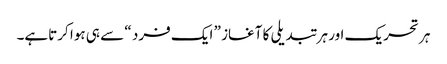
ہر تحریک اور ہر تبدیلی کا آغاز ” ایک فرد “ سے ہی ہوا کرتاہے۔